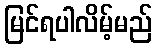
မြင်ရပါလိမ့်မည်